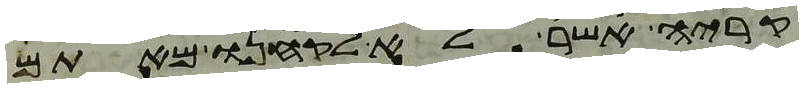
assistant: קריה אשר לא לקחנו מאתם